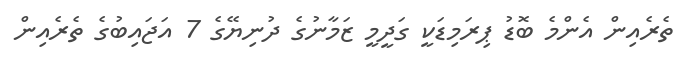
ތެރެއިން އެންމެ ބޮޑު ޕިރަމިޑަކީ ގަދީމީ ޒަމާނުގެ ދުނިޔޭގެ 7 އަޖައިބުގެ ތެރެއިން